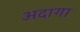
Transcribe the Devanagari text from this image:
अदागा